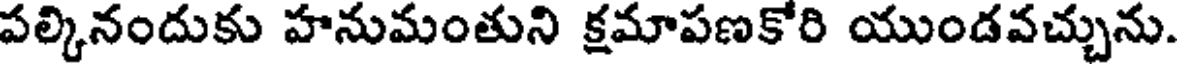
పల్కినందుకు హనుమంతుని క్షమాపణకోరి యుండవచ్చును.